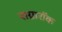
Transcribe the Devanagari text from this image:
राग्नारॉक